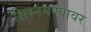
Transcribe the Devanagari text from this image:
शिस्नमण्यावर